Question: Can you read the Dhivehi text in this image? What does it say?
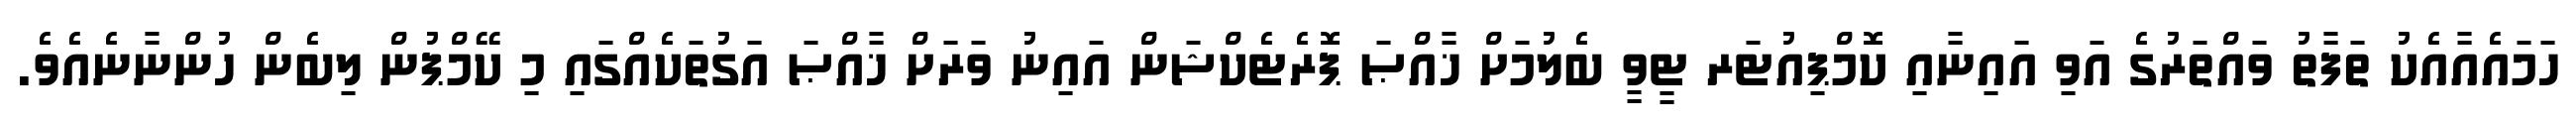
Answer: ހަމައެއާއެކު ތަފާތު ވައްތަރުގެ އަވި އައިނާއި ކޮމްޕިއުޓަރ ޓީވީ ބެލުމަށް ޚާއްޞަ ޕޮރެޓެކްޝަން އައިނު ވަރަށް ޚާއްޞަ އަގުތަކެއްގައި މި ކޭމްޕުން ލިބެން ހުންނާނެއެވެ.